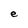
Character: e